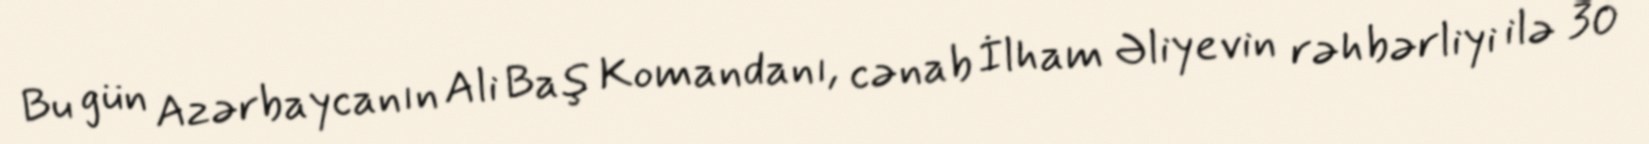
Bu gün Azərbaycanın Ali Baş Komandanı, cənab İlham Əliyevin rəhbərliyi ilə 30